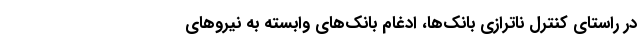
در راستای کنترل ناترازی بانک‌ها، ادغام بانک‌های وابسته به نیروهای